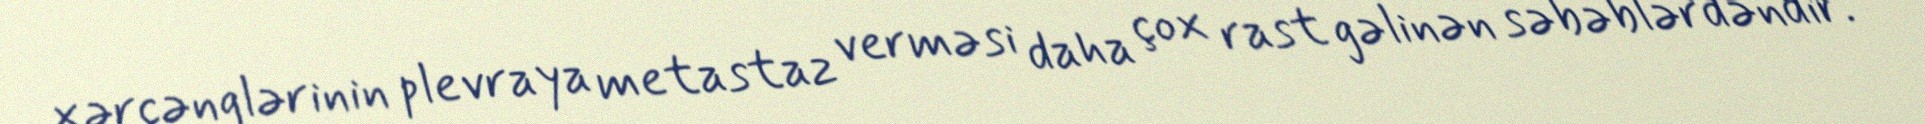
xərçənglərinin plevraya metastaz verməsi daha çox rast gəlinən səbəblərdəndir.